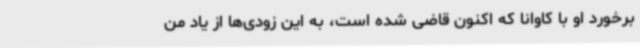
برخورد او با کاوانا که اکنون قاضی شده است، به این زودی‌ها از یاد من